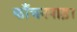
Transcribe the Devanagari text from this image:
काँचनपाड़ा